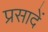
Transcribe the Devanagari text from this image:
प्रसादें